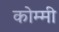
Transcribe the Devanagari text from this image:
कोम्मी